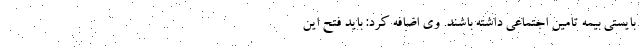
بایستی بیمه تامین اجتماعی داشته باشند. وی اضافه کرد: باید فتح این